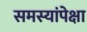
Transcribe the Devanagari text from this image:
समस्यांपेक्षा